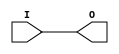
module IBUF_HSTL_II_DCI_18 (O, I);

    output O;

    input  I;

	buf B1 (O, I);


endmodule